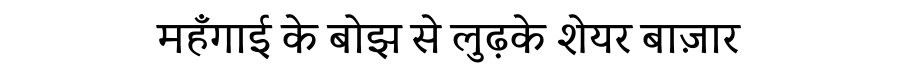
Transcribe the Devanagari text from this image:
महँगाई के बोझ से लुढ़के शेयर बाज़ार